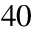
^ { 4 0 }